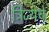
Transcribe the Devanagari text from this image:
त्रिज्येचे